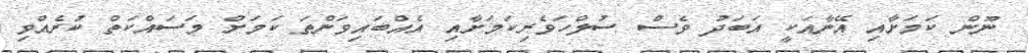
ނޫން ކަމަށާއި އޭނާއަކީ އަބަދު ވެސް ސުލްހަވެރިކަމަށާއި އެއްބައިވަންތަ ކަމަށް މަސައްކަތް ކުރެއްވި